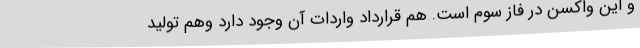
و این واکسن در فاز سوم است. هم قرارداد واردات آن وجود دارد وهم تولید